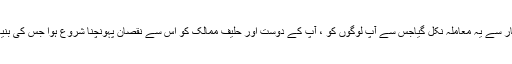
شاید آپ یہى کہنا چاه رہے ہیں کہ آپ کى حکومت اور خاندان کے دائره اختیار سے یہ معاملہ نکل گیاجس سے آپ لوگوں کو ، آپ کے دوست اور حلیف ممالک کو اس سے نقصان پہونچنا شروع ہوا جس کى بنیاد پر دھیرے دھیرے اس آئیڈیالوجى کى مدد کرنا آپ لوگوں نے ترک کردیا ۔